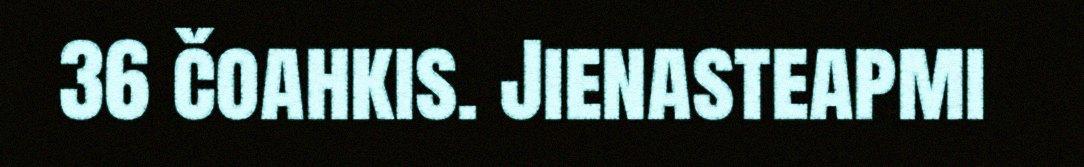
36 čoahkis. Jienasteapmi